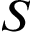
S